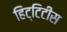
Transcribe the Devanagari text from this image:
हिट्टिटीस